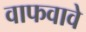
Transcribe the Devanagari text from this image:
वाफवावे